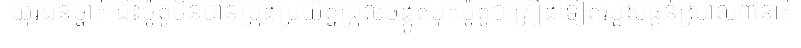
យុវជនម្នាក់ ជិះម៉ូតូមិនបានប្រុងប្រយ័ត្នជ្រុលចង្កូតបុកម៉ូតូ១គ្រឿងទៀតរបួសធ្ងន់ស្រាល៣នាក់